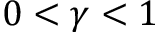
0 < \gamma < 1